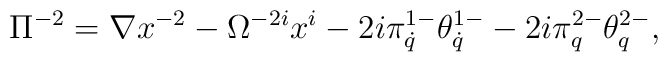
\Pi^{-2}=\nabla x^{-2}-\Omega^{-2i}x^i-2i\pi^{1-}_{\dot q}\theta^{1-}_{\dot q}-2i\pi^{2-}_q\theta^{2-}_q,